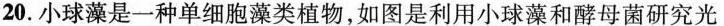
20. 小球藻是一种单细胞藻类植物，如图是利用小球藻和酵母菌研究光